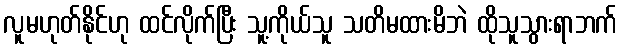
လူမဟုတ်နိုင်ဟု ထင်လိုက်ပြီး သူ့ကိုယ်သူ သတိမထားမိဘဲ ထိုသူသွားရာဘက်